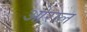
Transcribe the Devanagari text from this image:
ओराल